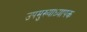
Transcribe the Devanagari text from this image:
उपमुख्याध्यापक